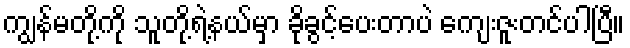
ကျွန်မတို့ကို သူတို့ရဲ့နယ်မှာ ခိုခွင့်ပေးတာပဲ ကျေးဇူးတင်ပါပြီ။